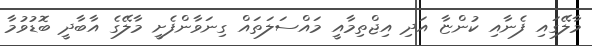
މާލޭގައި ފެނާއި ކުންޏާ އަދި އިޖްތިމާއީ މައްސަލަތައް ގިނަވާންފެށީ މާލޭގެ އާބާދީ ބޮޑުވުމާ